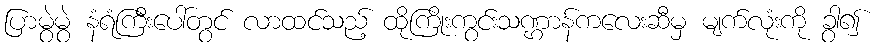
ပြာမွဲမွဲ နံရံကြီးပေါ်တွင် လာထင်သည့် ထိုကြိုးကွင်းသဏ္ဌာန်ကလေးဆီမှ မျက်လုံးကို ခွာ၍